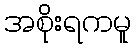
အစိုးရကမူ